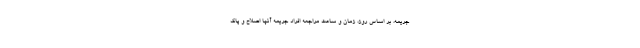
جریمه، بر اساس روز، زمان و ساعت مراجعه افراد جریمه آنها اصلاح و پاک